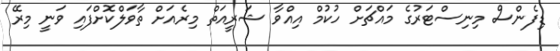
ޑިފެންސް މިނިސްޓަރުގެ މައްޗަށް ހުކުމް އިއްވާ ޝަރީއަތް މިރެއަށް ތާވަލްކޮށްފައި ވަނީ މިރޭ